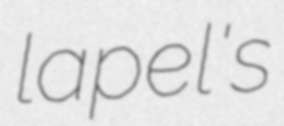
lapel's